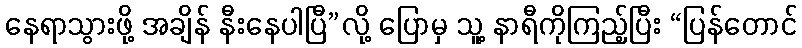
နေရာသွားဖို့ အချိန် နီးနေပါပြီ”လို့ ပြောမှ သူ့ နာရီကိုကြည့်ပြီး “ပြန်တောင်